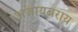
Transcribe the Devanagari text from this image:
अजायबराय